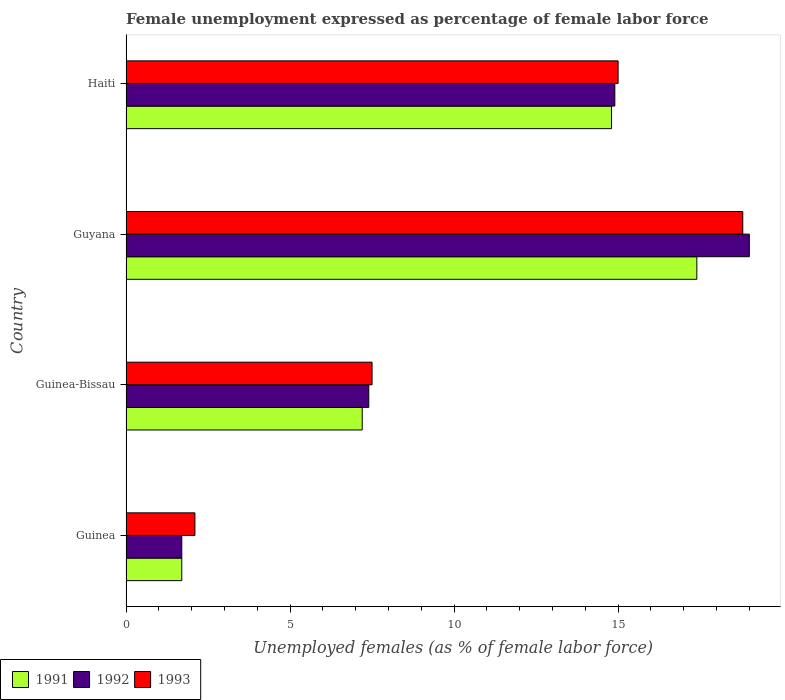
| Country | 1991 | 1992 | 1993 |
 | --- | --- | --- | --- |
 | Guinea | 1.7 | 1.7 | 2.1 |
 | Guinea-Bissau | 7.2 | 7.4 | 7.5 |
 | Guyana | 17.4 | 19 | 18.8 |
 | Haiti | 14.8 | 14.9 | 15 |